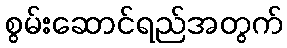
စွမ်းဆောင်ရည်အတွက်